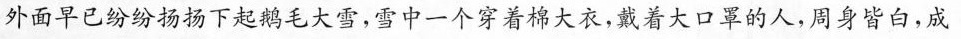
外面早已纷纷扬扬下起鹅毛大雪，雪中一个穿着棉大衣，戴着大口罩的人，周身皆白，成